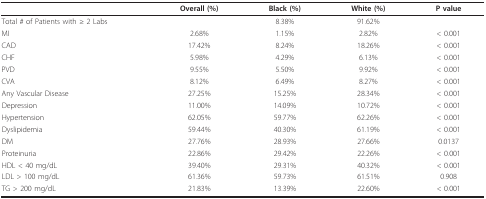
<table><thead><tr><td></td><td><b>Overall (%)</b></td><td><b>Black (%)</b></td><td><b>White (%)</b></td><td><b>P value</b></td></tr></thead><tbody><tr><td>Total # of Patients with ≥ 2 Labs</td><td></td><td>8.38%</td><td>91.62%</td><td></td></tr><tr><td>MI</td><td>2.68%</td><td>1.15%</td><td>2.82%</td><td>&lt; 0.001</td></tr><tr><td>CAD</td><td>17.42%</td><td>8.24%</td><td>18.26%</td><td>&lt; 0.001</td></tr><tr><td>CHF</td><td>5.98%</td><td>4.29%</td><td>6.13%</td><td>&lt; 0.001</td></tr><tr><td>PVD</td><td>9.55%</td><td>5.50%</td><td>9.92%</td><td>&lt; 0.001</td></tr><tr><td>CVA</td><td>8.12%</td><td>6.49%</td><td>8.27%</td><td>&lt; 0.001</td></tr><tr><td>Any Vascular Disease</td><td>27.25%</td><td>15.25%</td><td>28.34%</td><td>&lt; 0.001</td></tr><tr><td>Depression</td><td>11.00%</td><td>14.09%</td><td>10.72%</td><td>&lt; 0.001</td></tr><tr><td>Hypertension</td><td>62.05%</td><td>59.77%</td><td>62.26%</td><td>&lt; 0.001</td></tr><tr><td>Dyslipidemia</td><td>59.44%</td><td>40.30%</td><td>61.19%</td><td>&lt; 0.001</td></tr><tr><td>DM</td><td>27.76%</td><td>28.93%</td><td>27.66%</td><td>0.0137</td></tr><tr><td>Proteinuria</td><td>22.86%</td><td>29.42%</td><td>22.26%</td><td>&lt; 0.001</td></tr><tr><td>HDL &lt; 40 mg/dL</td><td>39.40%</td><td>29.31%</td><td>40.32%</td><td>&lt; 0.001</td></tr><tr><td>LDL &gt; 100 mg/dL</td><td>61.36%</td><td>59.73%</td><td>61.51%</td><td>0.908</td></tr><tr><td>TG &gt; 200 mg/dL</td><td>21.83%</td><td>13.39%</td><td>22.60%</td><td>&lt; 0.001</td></tr></tbody></table>